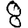
Digit: 8